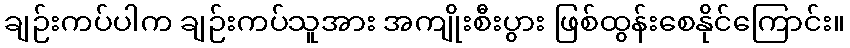
ချဉ်းကပ်ပါက ချဉ်းကပ်သူအား အကျိုးစီးပွား ဖြစ်ထွန်းစေနိုင်ကြောင်း။